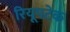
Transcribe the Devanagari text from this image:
रियूपटेक